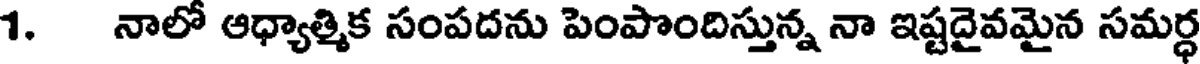
1. నాలో ఆధ్యాత్మిక సంపదను పెంపొందిస్తున్న నా ఇష్టదైవమైన సమర్ధ